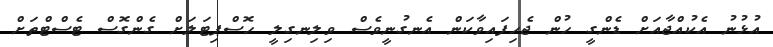
އުޅުނު އެކުއްޖާއަށް ޑެންގީ ހުން ޖެހިފައިވާކަން އެނގުނީވެސް ވިލިނގިލީ ހޮސްޕިޓަލަށް ގެންގޮސް ޓެސްޓްތަށް